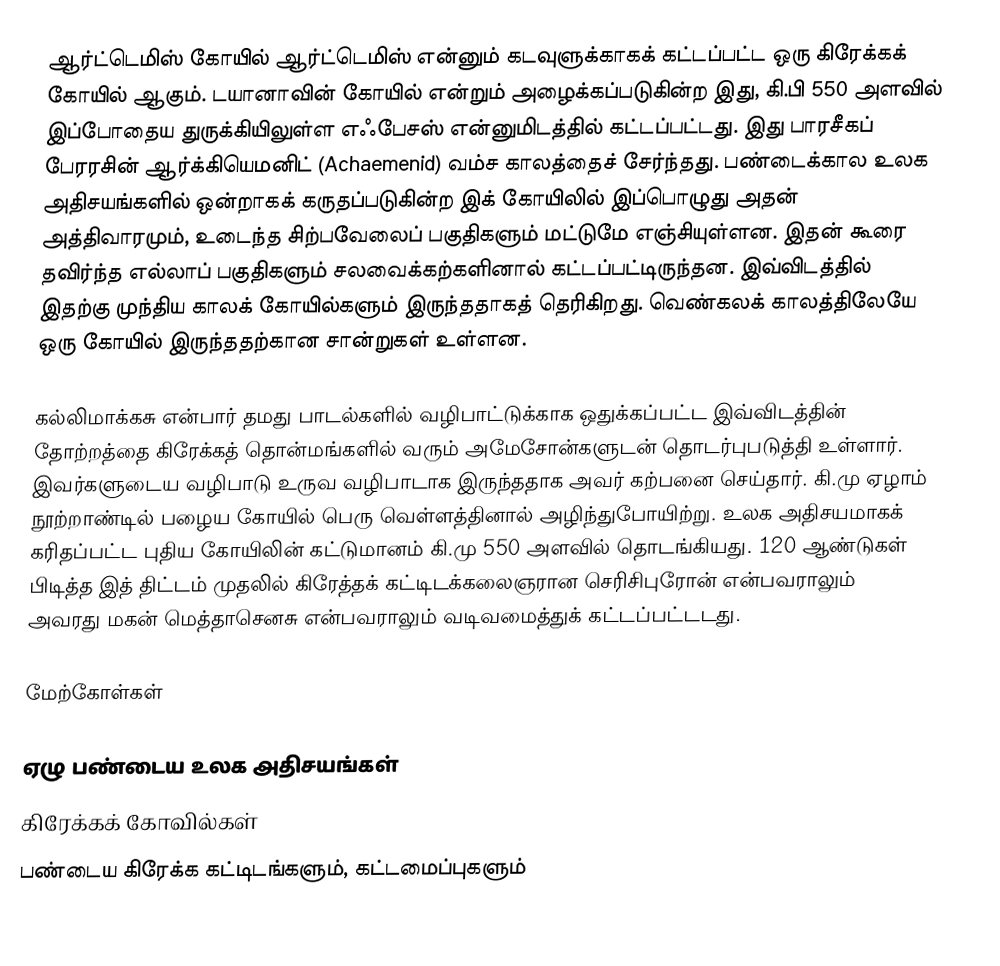
ஆர்ட்டெமிஸ் கோயில் ஆர்ட்டெமிஸ் என்னும் கடவுளுக்காகக் கட்டப்பட்ட ஒரு கிரேக்கக் கோயில் ஆகும். டயானாவின் கோயில் என்றும் அழைக்கப்படுகின்ற இது, கி.பி 550 அளவில் இப்போதைய துருக்கியிலுள்ள எஃபேசஸ் என்னுமிடத்தில் கட்டப்பட்டது. இது பாரசீகப் பேரரசின் ஆர்க்கியெமனிட் (Achaemenid) வம்ச காலத்தைச் சேர்ந்தது. பண்டைக்கால உலக அதிசயங்களில் ஒன்றாகக் கருதப்படுகின்ற இக் கோயிலில் இப்பொழுது அதன் அத்திவாரமும், உடைந்த சிற்பவேலைப் பகுதிகளும் மட்டுமே எஞ்சியுள்ளன. இதன் கூரை தவிர்ந்த எல்லாப் பகுதிகளும் சலவைக்கற்களினால் கட்டப்பட்டிருந்தன. இவ்விடத்தில் இதற்கு முந்திய காலக் கோயில்களும் இருந்ததாகத் தெரிகிறது. வெண்கலக் காலத்திலேயே ஒரு கோயில் இருந்ததற்கான சான்றுகள் உள்ளன.

கல்லிமாக்கசு என்பார் தமது பாடல்களில் வழிபாட்டுக்காக ஒதுக்கப்பட்ட இவ்விடத்தின் தோற்றத்தை கிரேக்கத் தொன்மங்களில் வரும் அமேசோன்களுடன் தொடர்புபடுத்தி உள்ளார். இவர்களுடைய வழிபாடு உருவ வழிபாடாக இருந்ததாக அவர் கற்பனை செய்தார். கி.மு ஏழாம் நூற்றாண்டில் பழைய கோயில் பெரு வெள்ளத்தினால் அழிந்துபோயிற்று. உலக அதிசயமாகக் கரிதப்பட்ட புதிய கோயிலின் கட்டுமானம் கி.மு 550 அளவில் தொடங்கியது. 120 ஆண்டுகள் பிடித்த இத் திட்டம் முதலில் கிரேத்தக் கட்டிடக்கலைஞரான செரிசிபுரோன் என்பவராலும் அவரது மகன் மெத்தாசெனசு என்பவராலும் வடிவமைத்துக் கட்டப்பட்டடது.

மேற்கோள்கள்

ஏழு பண்டைய உலக அதிசயங்கள்
கிரேக்கக் கோவில்கள்
பண்டைய கிரேக்க கட்டிடங்களும், கட்டமைப்புகளும்